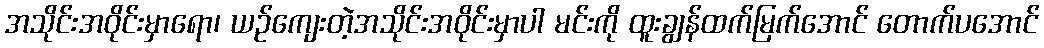
အသိုင်းအဝိုင်းမှာရော၊ ယဉ်ကျေးတဲ့အသိုင်းအဝိုင်းမှာပါ မင်းကို ထူးချွန်ထက်မြက်အောင် တောက်ပအောင်